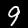
Digit: 9